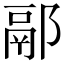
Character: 䣓